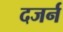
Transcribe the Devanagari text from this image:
दजर्न